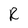
Character: R